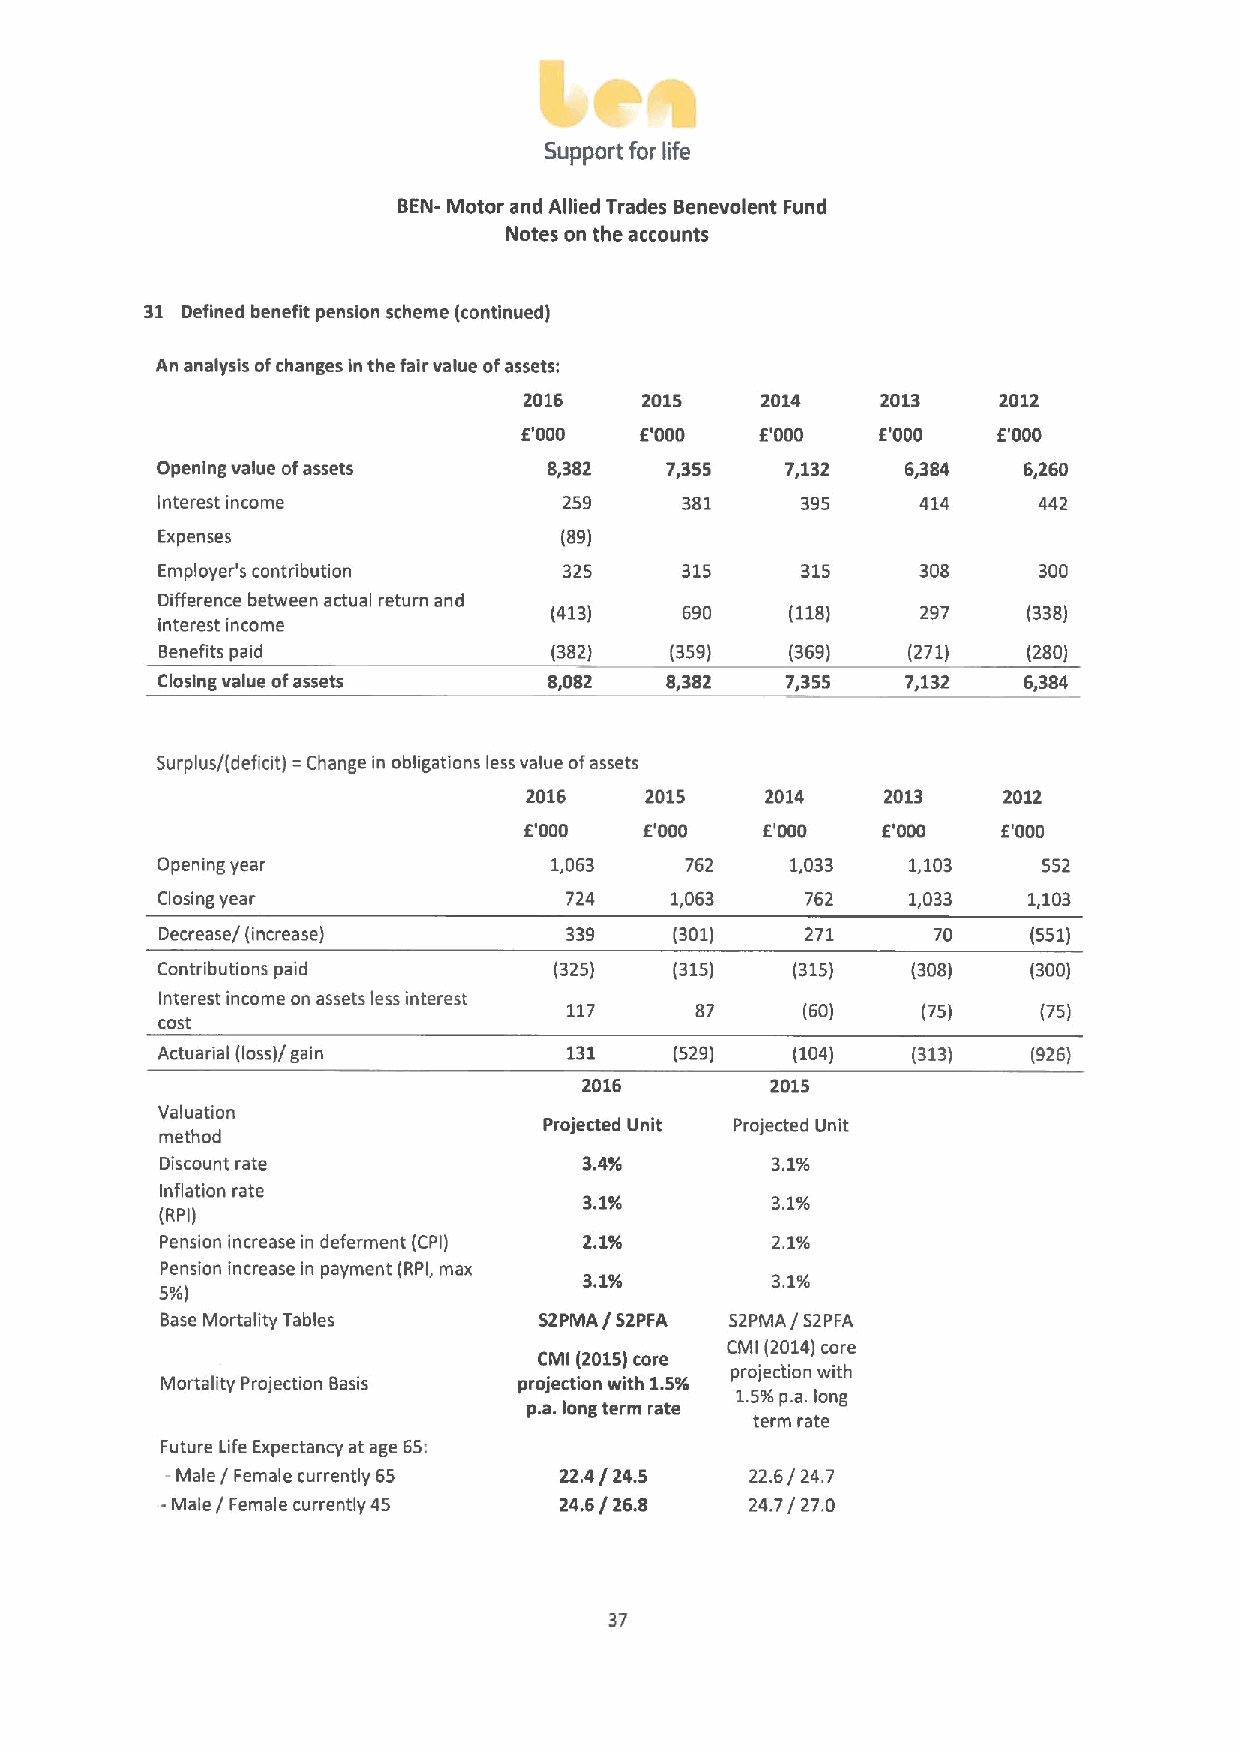
Support for life
 BEN- Motor and Allied Trades Benevolent Fund
 Notes on the accounts
 31 Defined benefit pension scheme (continued)
 An analysis ofchanges in the fair value ofassets:
 2016    2015   2014    2013    2012
 E'000  E'000   E'000   E'000   E'000
 Opening value ofassets    8,382   7,355   7,132   6,384   6,260
 Interest income            259     381     395     414     442
 Expenses                   (89)
 Employer's contribution    325     315     315     308     300
 Difference between actual return and
 (413)    690    (118)    297    (338)
 interest income
 Benefits paid            (382)   (359)   (369)   (271)   (280)
 Closing value ofassets    8,082   Bp382   7p355   yp132   6~384
 Surplus/(deficit) =Change in obligations less value ofassets
 2016    2015    2014    2013   2012
 E'000   E'000  E'000   E'000   E'000
 Opening year              1,063    762    1,033   1,103    552
 Closing year               724    1,063    762    1,033   1,103
 Decrease/ (increase)      339     (301)   271      70    (551)
 Contributions paid         (325)   (315)  (315)   (308)   (300)
 Interest income on assets less interest
 117     87     (60)    (75)    (75)
 cost
 Actuarial (loss)/ gain      131    (529)  (104)   (313)   (926)
 2016        2015
 Valuation
 Projected Unit Projected Unit
 method
 Discount rate               3.4%        3.1%
 Inflation rate
 3.1%
 (RPI)
 Pension increase in deferment (CPI) 2.1% 2.1%
 Pension increase in payment (RPI, max
 3.1'%       3.1%
 5%)
 Base Mortality Tables    52PMA / 52PFA 52PMA / 52PFA
 CMI (2014)core
 CMI (2015)core
 Mortality Projection Basis projection with 1.59( projection with
 1.5%p.a.long
 p.a.long term rate
 term rate
 Future Life Expectancy at age 65:
 - Male / Female currently 65 22.4/ 24.5 22.6/ 24.7
 -Male / Female currently 45 24.6/ 26.8 24.7/ 27.0
 37